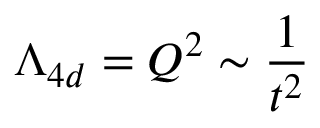
\Lambda _ { 4 d } = Q ^ { 2 } \sim \frac { 1 } { t ^ { 2 } }